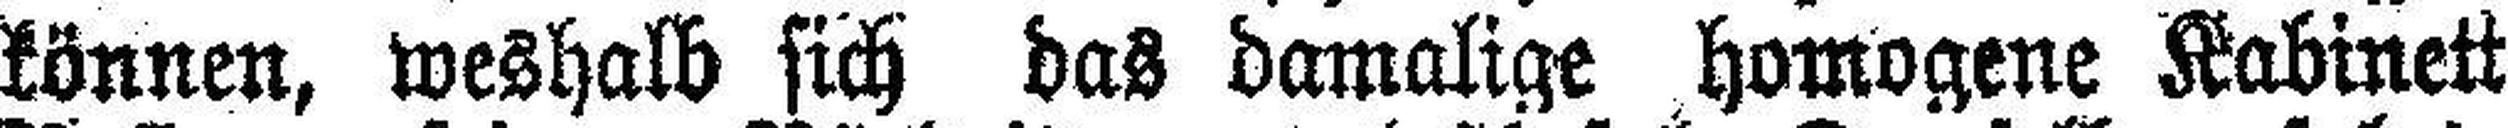
können, weshalb sich das damalige homogene Kabinett